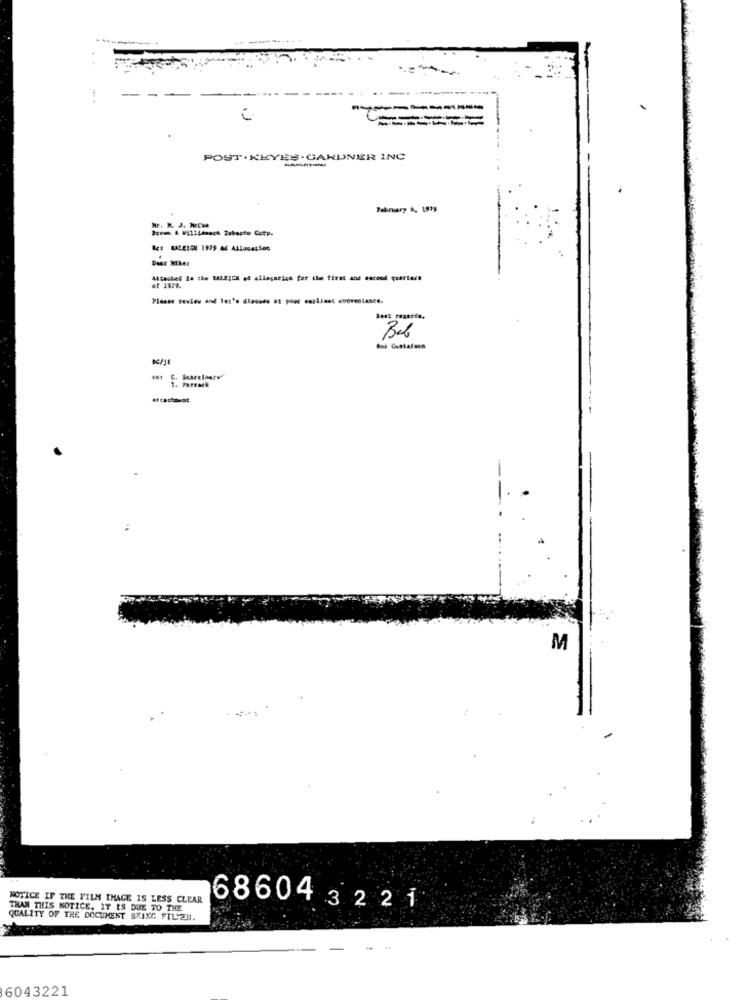
--------
--------
POST. KEYES. GARDNER INC
-
February 6, 1979
Brows & Willienach Tubesto Cotp.
Dear Mikel
of 1979.
Attached is the BALEIL af allegation for the first and second quarter!
Bož Gustafeen
at cartavat
M
NOTICE IF THE FILM IMAGE IS LESS CLEAR
THAN THIS NOTICE. IT IS DUE TO THE
686043221
QUALITY OF THE DOCUMENT BRING FILED.
6043221